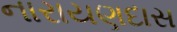
નારાયણદાસ